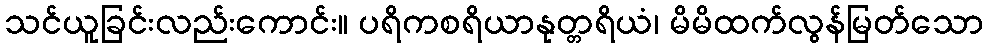
သင်ယူခြင်းလည်းကောင်း။ ပရိကစရိယာနုတ္တရိယံ၊ မိမိထက်လွန်မြတ်သော